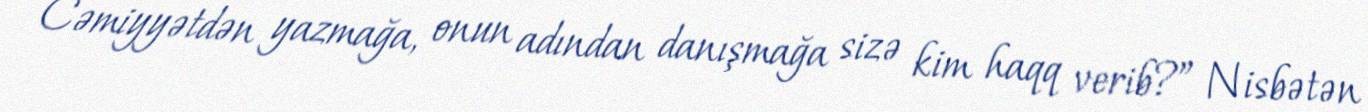
Cəmiyyətdən yazmağa, onun adından danışmağa sizə kim haqq verib?” Nisbətən